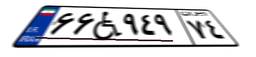
۱۶W۹۵۹۴۸